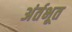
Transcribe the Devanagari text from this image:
अंर्तभूत